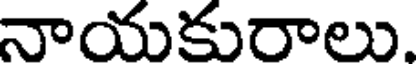
నాయకురాలు.